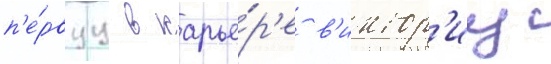
п'е́рвуу в карье́р'е в'иктор'иу